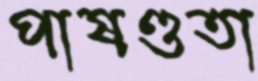
পাষণ্ডতা